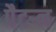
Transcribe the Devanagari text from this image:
पैटऱ्न